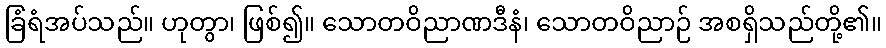
ခြံရံအပ်သည်။ ဟုတွာ၊ ဖြစ်၍။ သောတဝိညာဏဒီနံ၊ သောတဝိညာဉ် အစရှိသည်တို့၏။